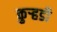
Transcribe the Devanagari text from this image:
कुऱ्हडी